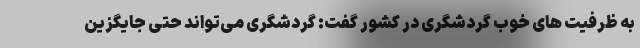
به ظرفیت های خوب گردشگری در کشور گفت: گردشگری می‌تواند حتی جایگزین